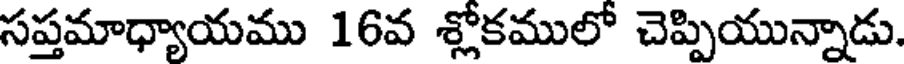
సప్తమాధ్యాయము 16వ శ్లోకములో చెప్పియున్నాడు.